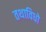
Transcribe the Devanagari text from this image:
तथाविधो